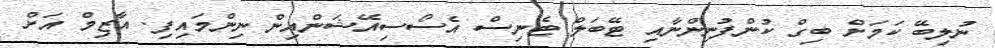
ނުލިބޭ ކަމަށް ބިގް ކުންފުނިންނާއި ޓޭބަލް ޓެނިސް އެސޯސިއޭޝަންއިން ނިންމައިފި. އާޒިމް އަށް